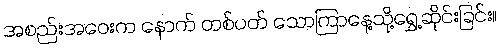
အစည်းအဝေးက နောက် တစ်ပတ် သောကြာနေ့သို့ရွှေ့ဆိုင်းခြင်း။